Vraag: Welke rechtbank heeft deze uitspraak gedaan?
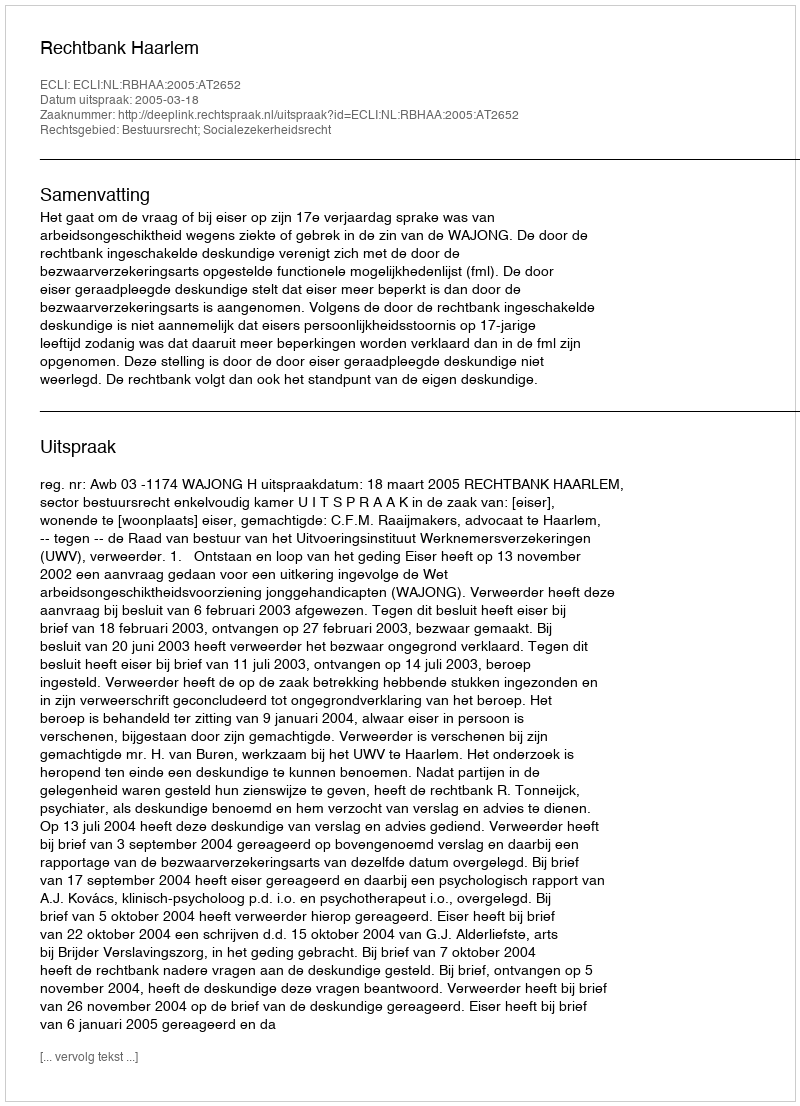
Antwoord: Rechtbank Haarlem